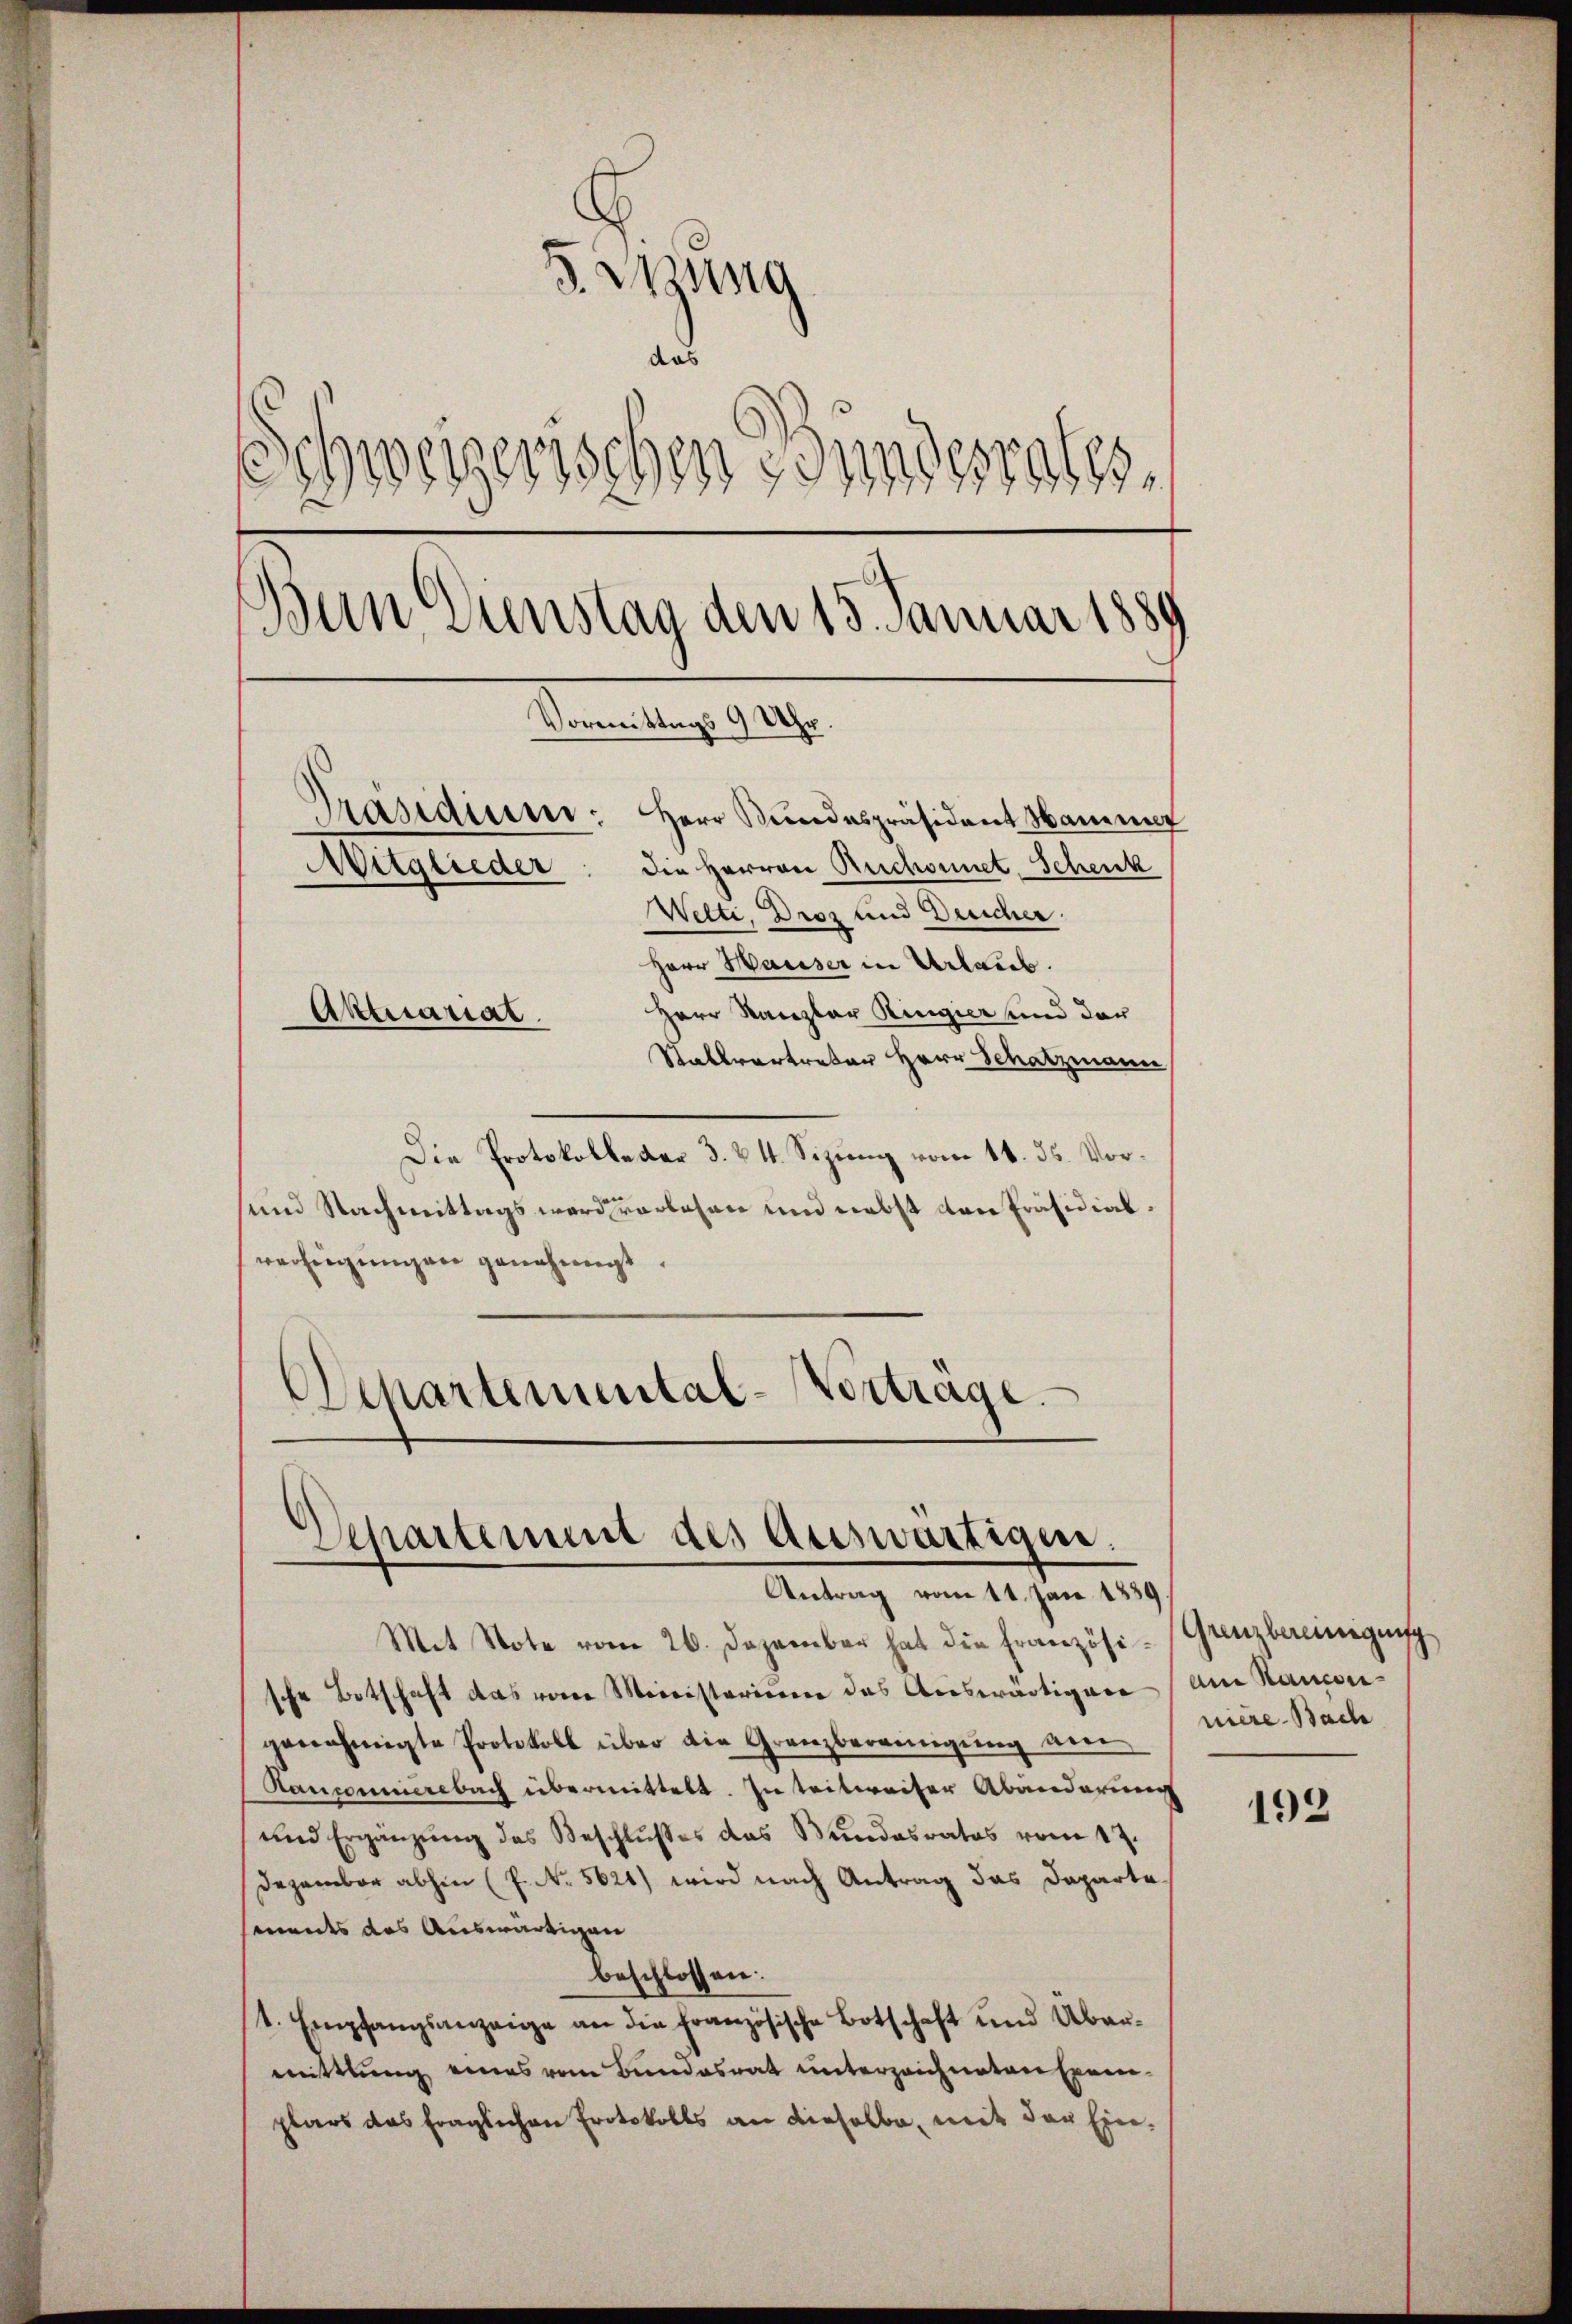
3. Mang
das
Schweizerischen Bundesrates,
Bern Dienstag den 15. Januar 1889
Vormittags 9 Uhr.
Präsidiren: Herr Bundespräsident Hammer
Mitglieder: die Herren Ruchonnet, Schenk
Welti, Droz und Deucher.
Herr Hauser in Urlaub.

Herr Kanzler Ringier und der
Stallvertreter Herr Schatzmann,
Die Protokolle der 3. & 4. Sizung vom 11. 35. Vorsund Nachmittags ward vorlesen und nebst von Präsidialverfeigungen genehmigt.
Achartemental-Vorträge.

Aktuariat

Departement des Auswärtigen.
Antrag vom 11. Jan. 1839.

Mit Note vom 26. Dezember hat die Französische Botschaft das von Ministerium das Auswärtiger an Hancongenehmigte Protokoll über die Granzbereinigŭng am
Ranconierebach übermittelt. In teilweiter Abänderung
und Ergänzung des Beschlußes das Bundesrates vom 17.
Dezember abhin (f. No. 5621) wird nach Antrag das Departesments das Auswärtigen
beschlossen:
t. Empfangsanzeige an die Französische Botschaft und Übermittlung eines vom Bundesrat unterzeichneten Exemplars das fraglichen Protokolls an dieselbe, mit der Ein¬

Grenzbereinigung
niere Bach

192